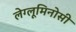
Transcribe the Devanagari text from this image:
लेग्लूमिनोसी